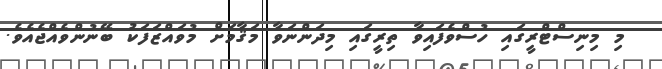
މި މިނިސްޓްރީގައި ހުސްވެފައިވާ ތިރީގައި މިދަންނަވާ މަޤާމަށް މުވައްޒަފަކު ބޭނުންވެއްޖެއެވެ.